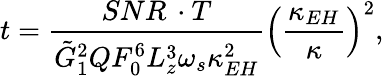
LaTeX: t=\frac{SNR\, \cdot T}{\tilde{G}_{1}^{2}QF_{0}^{6}L_{z}^{3}\omega_{s}\kappa_{EH}^{2}}\left(\frac{\kappa_{EH}}{\kappa}\right)^{2},